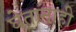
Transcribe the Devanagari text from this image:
घेतानाही